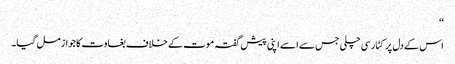
‘‘
اس کے دل پر کٹار سی چلی جس سے ا سے اپنی پیش گفتہ موت کے خلاف بغاوت کا جواز مل گیا۔